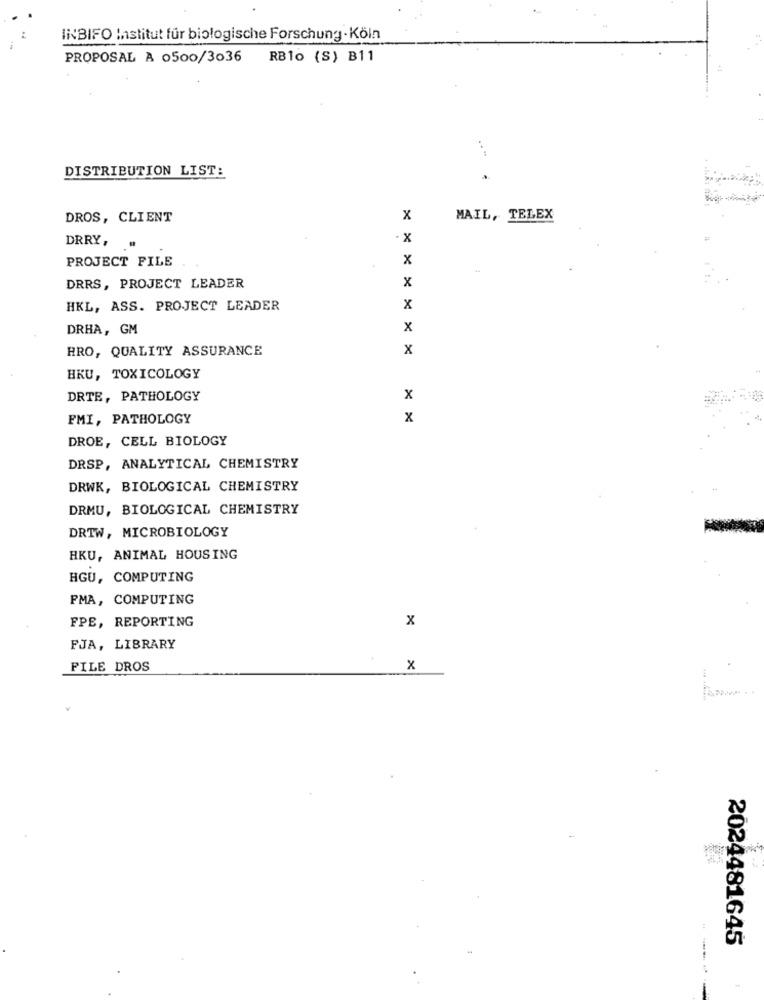
INBIFO Institut für biologische Forschung- Köln
PROPOSAL A 0500/3036 RB1o (S) B11
DISTRIBUTION LIST:
DROS, CLIENT
x
MAIL, TELEX
DRRY,
PROJECT FILE
x
DRRS, PROJECT LEADER
x
HKL, ASS. PROJECT LEADER
x
DRHA, GM
x
HRO, QUALITY ASSURANCE
x
HKU, TOXICOLOGY
DRTE, PATHOLOGY
x
FMI, PATHOLOGY
x
DROE, CELL BIOLOGY
DRSP, ANALYTICAL CHEMISTRY
DRWK, BIOLOGICAL CHEMISTRY
DRMU, BIOLOGICAL CHEMISTRY
DRTW, MICROBIOLOGY
HKU, ANIMAL HOUSING
HGU, COMPUTING
PMA, COMPUTING
FPE, REPORTING
x
FJA, LIBRARY
FILE DROS
x
2024481645